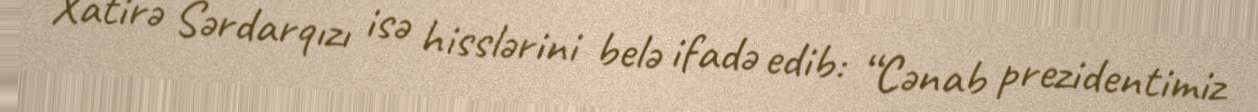
Xatirə Sərdarqızı isə hisslərini belə ifadə edib: “Cənab prezidentimiz